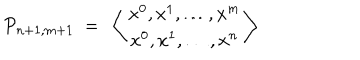
{ \cal P } _ { n + 1 , m + 1 } \ = \ \left\langle \begin{array} { c } { { x ^ { 0 } , x ^ { 1 } , \dots , x ^ { m } } } \\ { { x ^ { 0 } , x ^ { 1 } , \dots , x ^ { n } } } \\ \end{array} \right\rangle